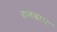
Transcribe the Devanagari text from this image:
रामबाघ